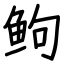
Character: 𬶋